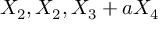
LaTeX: X _ { 2 } , X _ { 2 } , X _ { 3 } + a X _ { 4 }